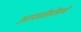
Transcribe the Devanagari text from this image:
आयसीसीसचे